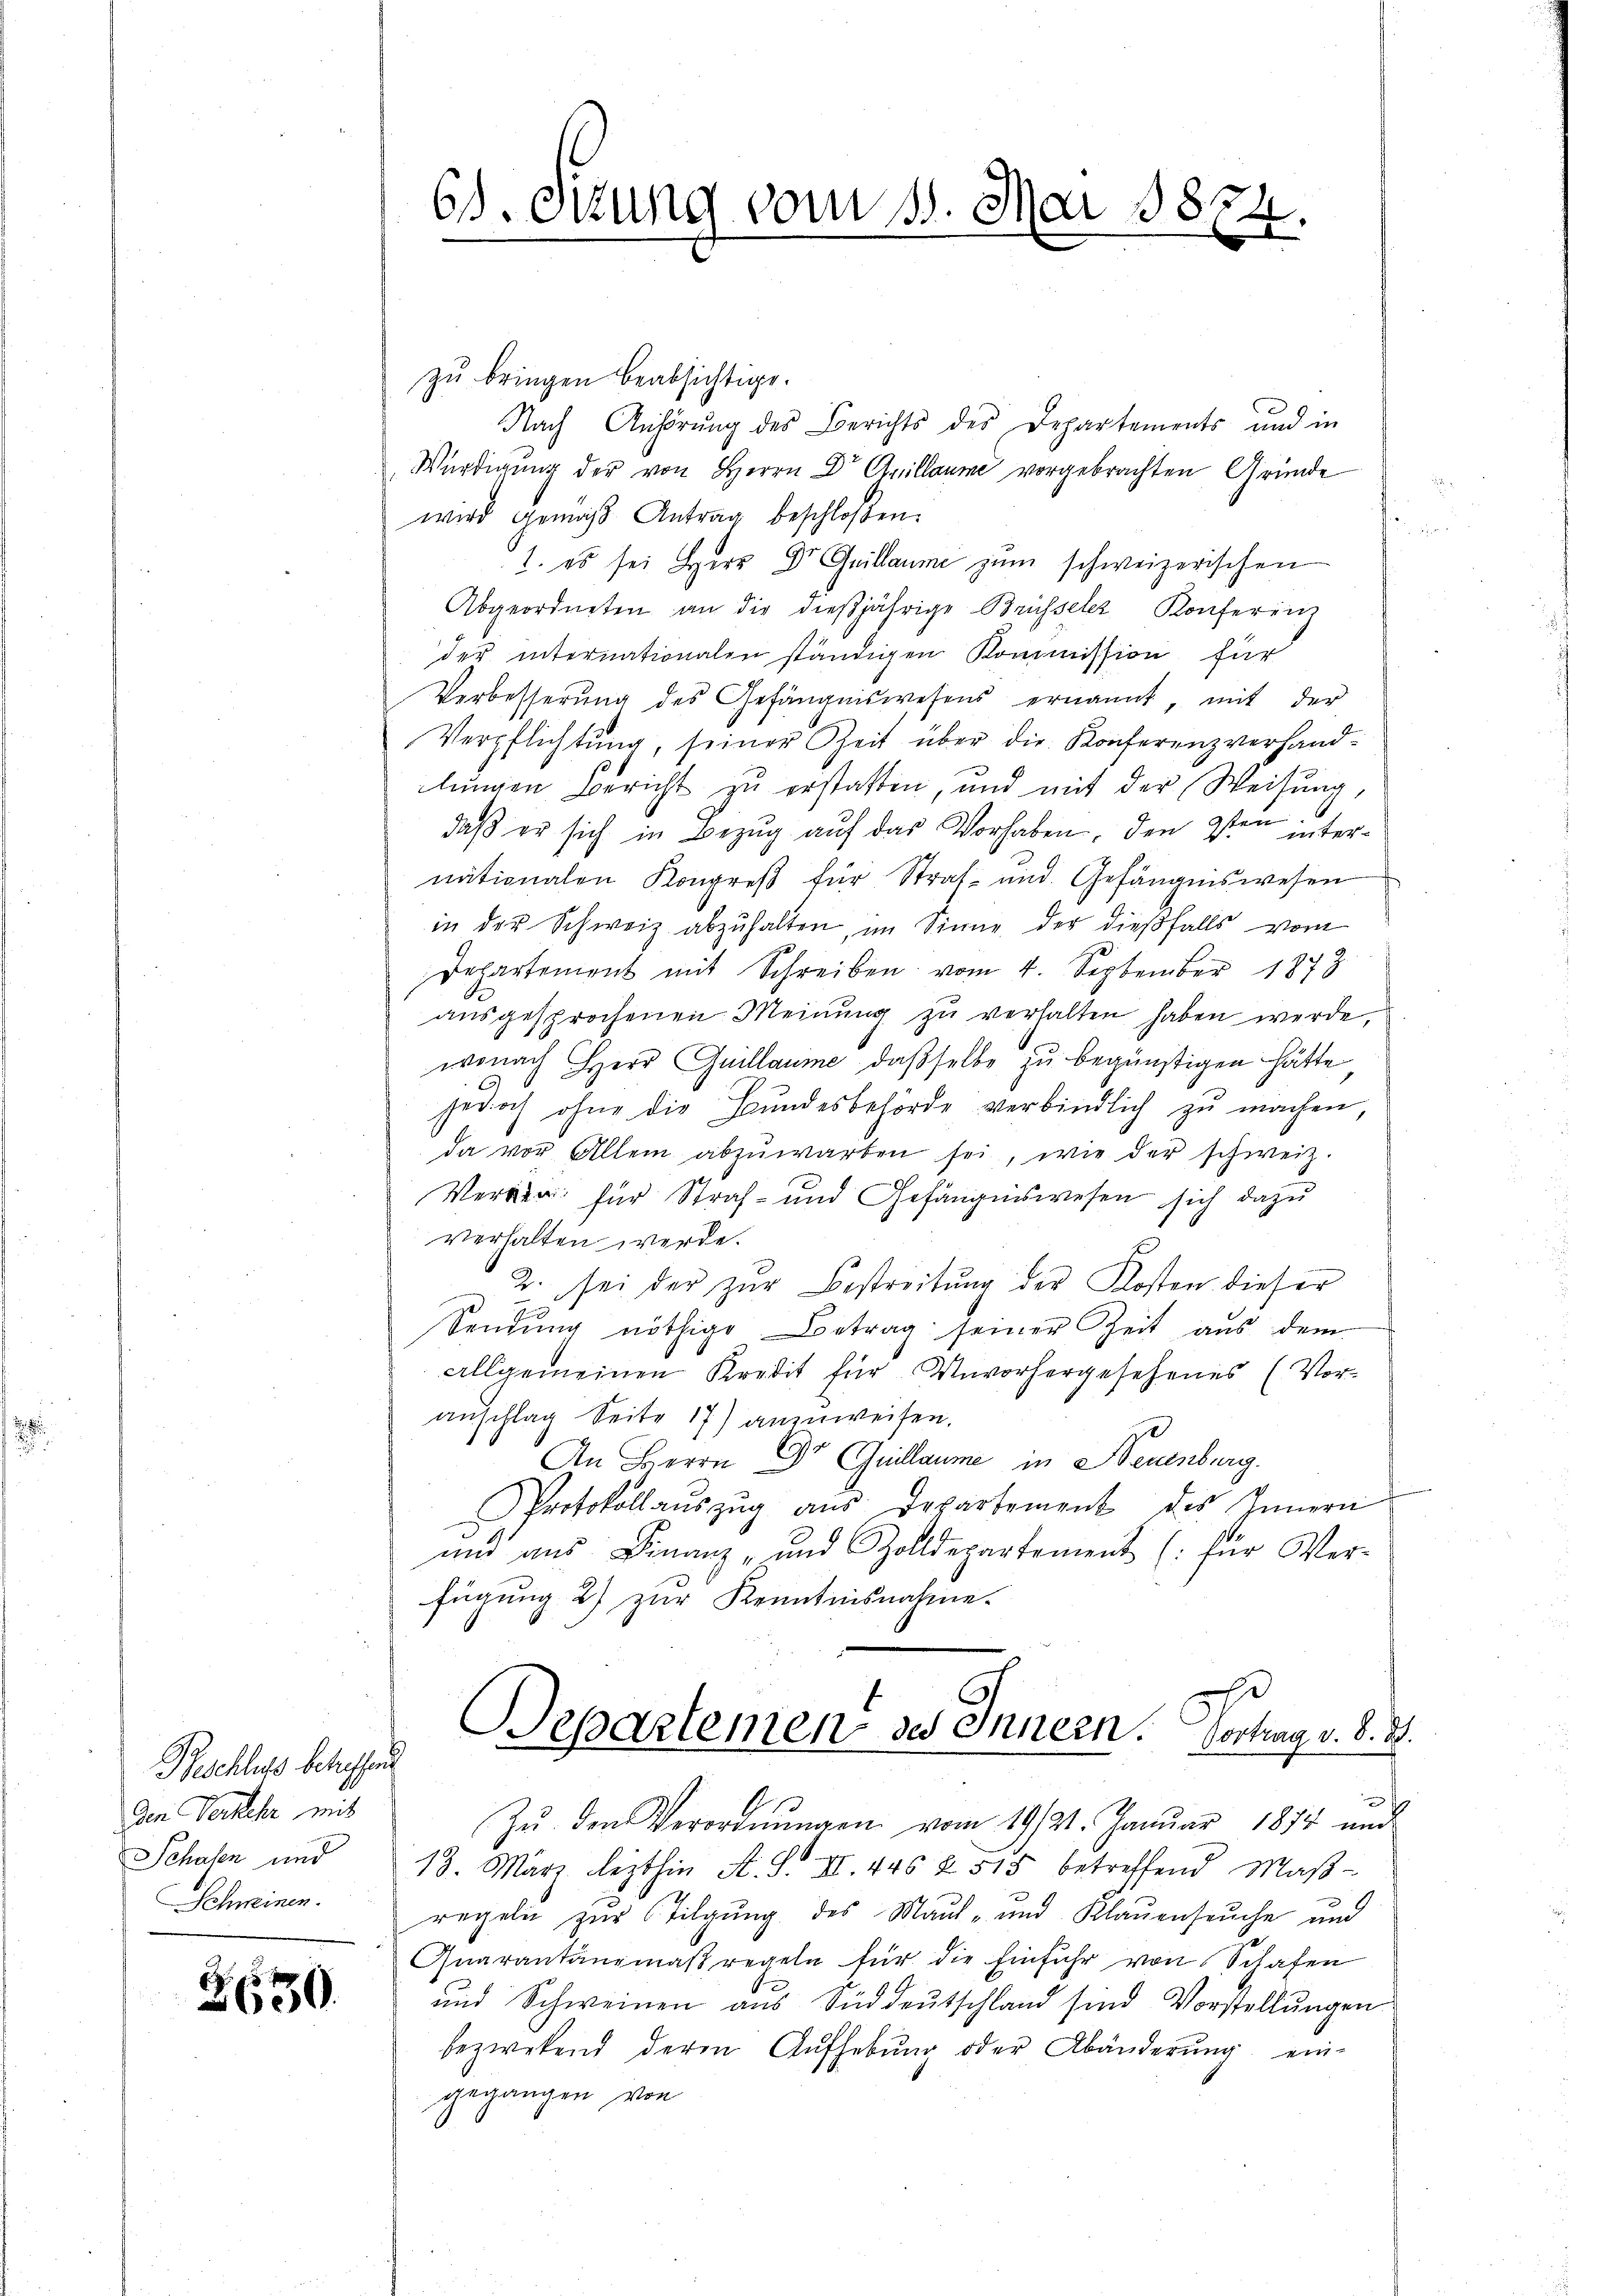
Beschluss betreffen
Den Versehr mit
Schafen und
Schweinen.

2650.

zŭ bringen beabsichtige.
Nach Anhörung des Berichts des Departements und in
Würdigung der von Herrn Dr. Auillaume vorgebrachten Gründe
wird gemäß Antrag beschloßen:
1. es sei Herr Dr Guillaume zum schweizerischen
Abgeordneten an die dießjährige Brüsseler Konferenz
der internationalen ständigen Kommission für
Verbesserŭng des Gefängniswesens ernannt, mit der
Verpflichtung, seiner Zeit über die Konferenzverhandlungen Bericht zu erstatten, und mit der Weisung,
.
daβ er sich in Bezŭg aŭf das Vorhaben, den 9ten internationalen Kongreß für Straf- und Gefängniswesen
in der Schweiz abzŭhalten, im Sinne der dießfalls vom
Departement mit Schreiben vom 4. September 1873
aŭsgesprochenen Meinŭng zŭ verhalten haben werde,
wonach Herr Guillaume, dasselbe zu begünstigen hätte
jedoch ohne die Bundesbehörde verbindlich zu machen,
da vor Allem abzŭwarten sei, wie der schweiz.
Verren für Straf- und Gefängniswesen sich dazu
verhalten werde.
2. sei der zur Bestreitung der Kosten dieser
Sendung nöthige Betrag seiner Zeit aus dem
allgemeinen Kredit für Unvorhergesehenes (Vor-
anschlag Seite 17) anzuweisen.
An Herrn Dr Guillaume in Neuenburg.
Protokollauszug aus Departement des Innern
und aus Finanz- und Zolldepartement (für Ver-
fügung 2) zur Kenntnisnahme.
Departemen des Innern. Vortrag v. 8. d.
x
Zŭ den Verordnŭngen vom 19/21. Janŭar 1874 und
18. März lezthin A. S. II. 446 § 515 betreffend Maβ-
regeln zur Tilgung des Maul- und Klauenseuche und
Quarantanzmaβ regeln für die Einfuhr von Schafen
und Schweinen aus Süddeutschland sind Vorstellungen
bezwekend deren Aŭfhebŭng oder Abänderŭng ein-
gegangen von

61. Sitzung vom 18. Mai 185.